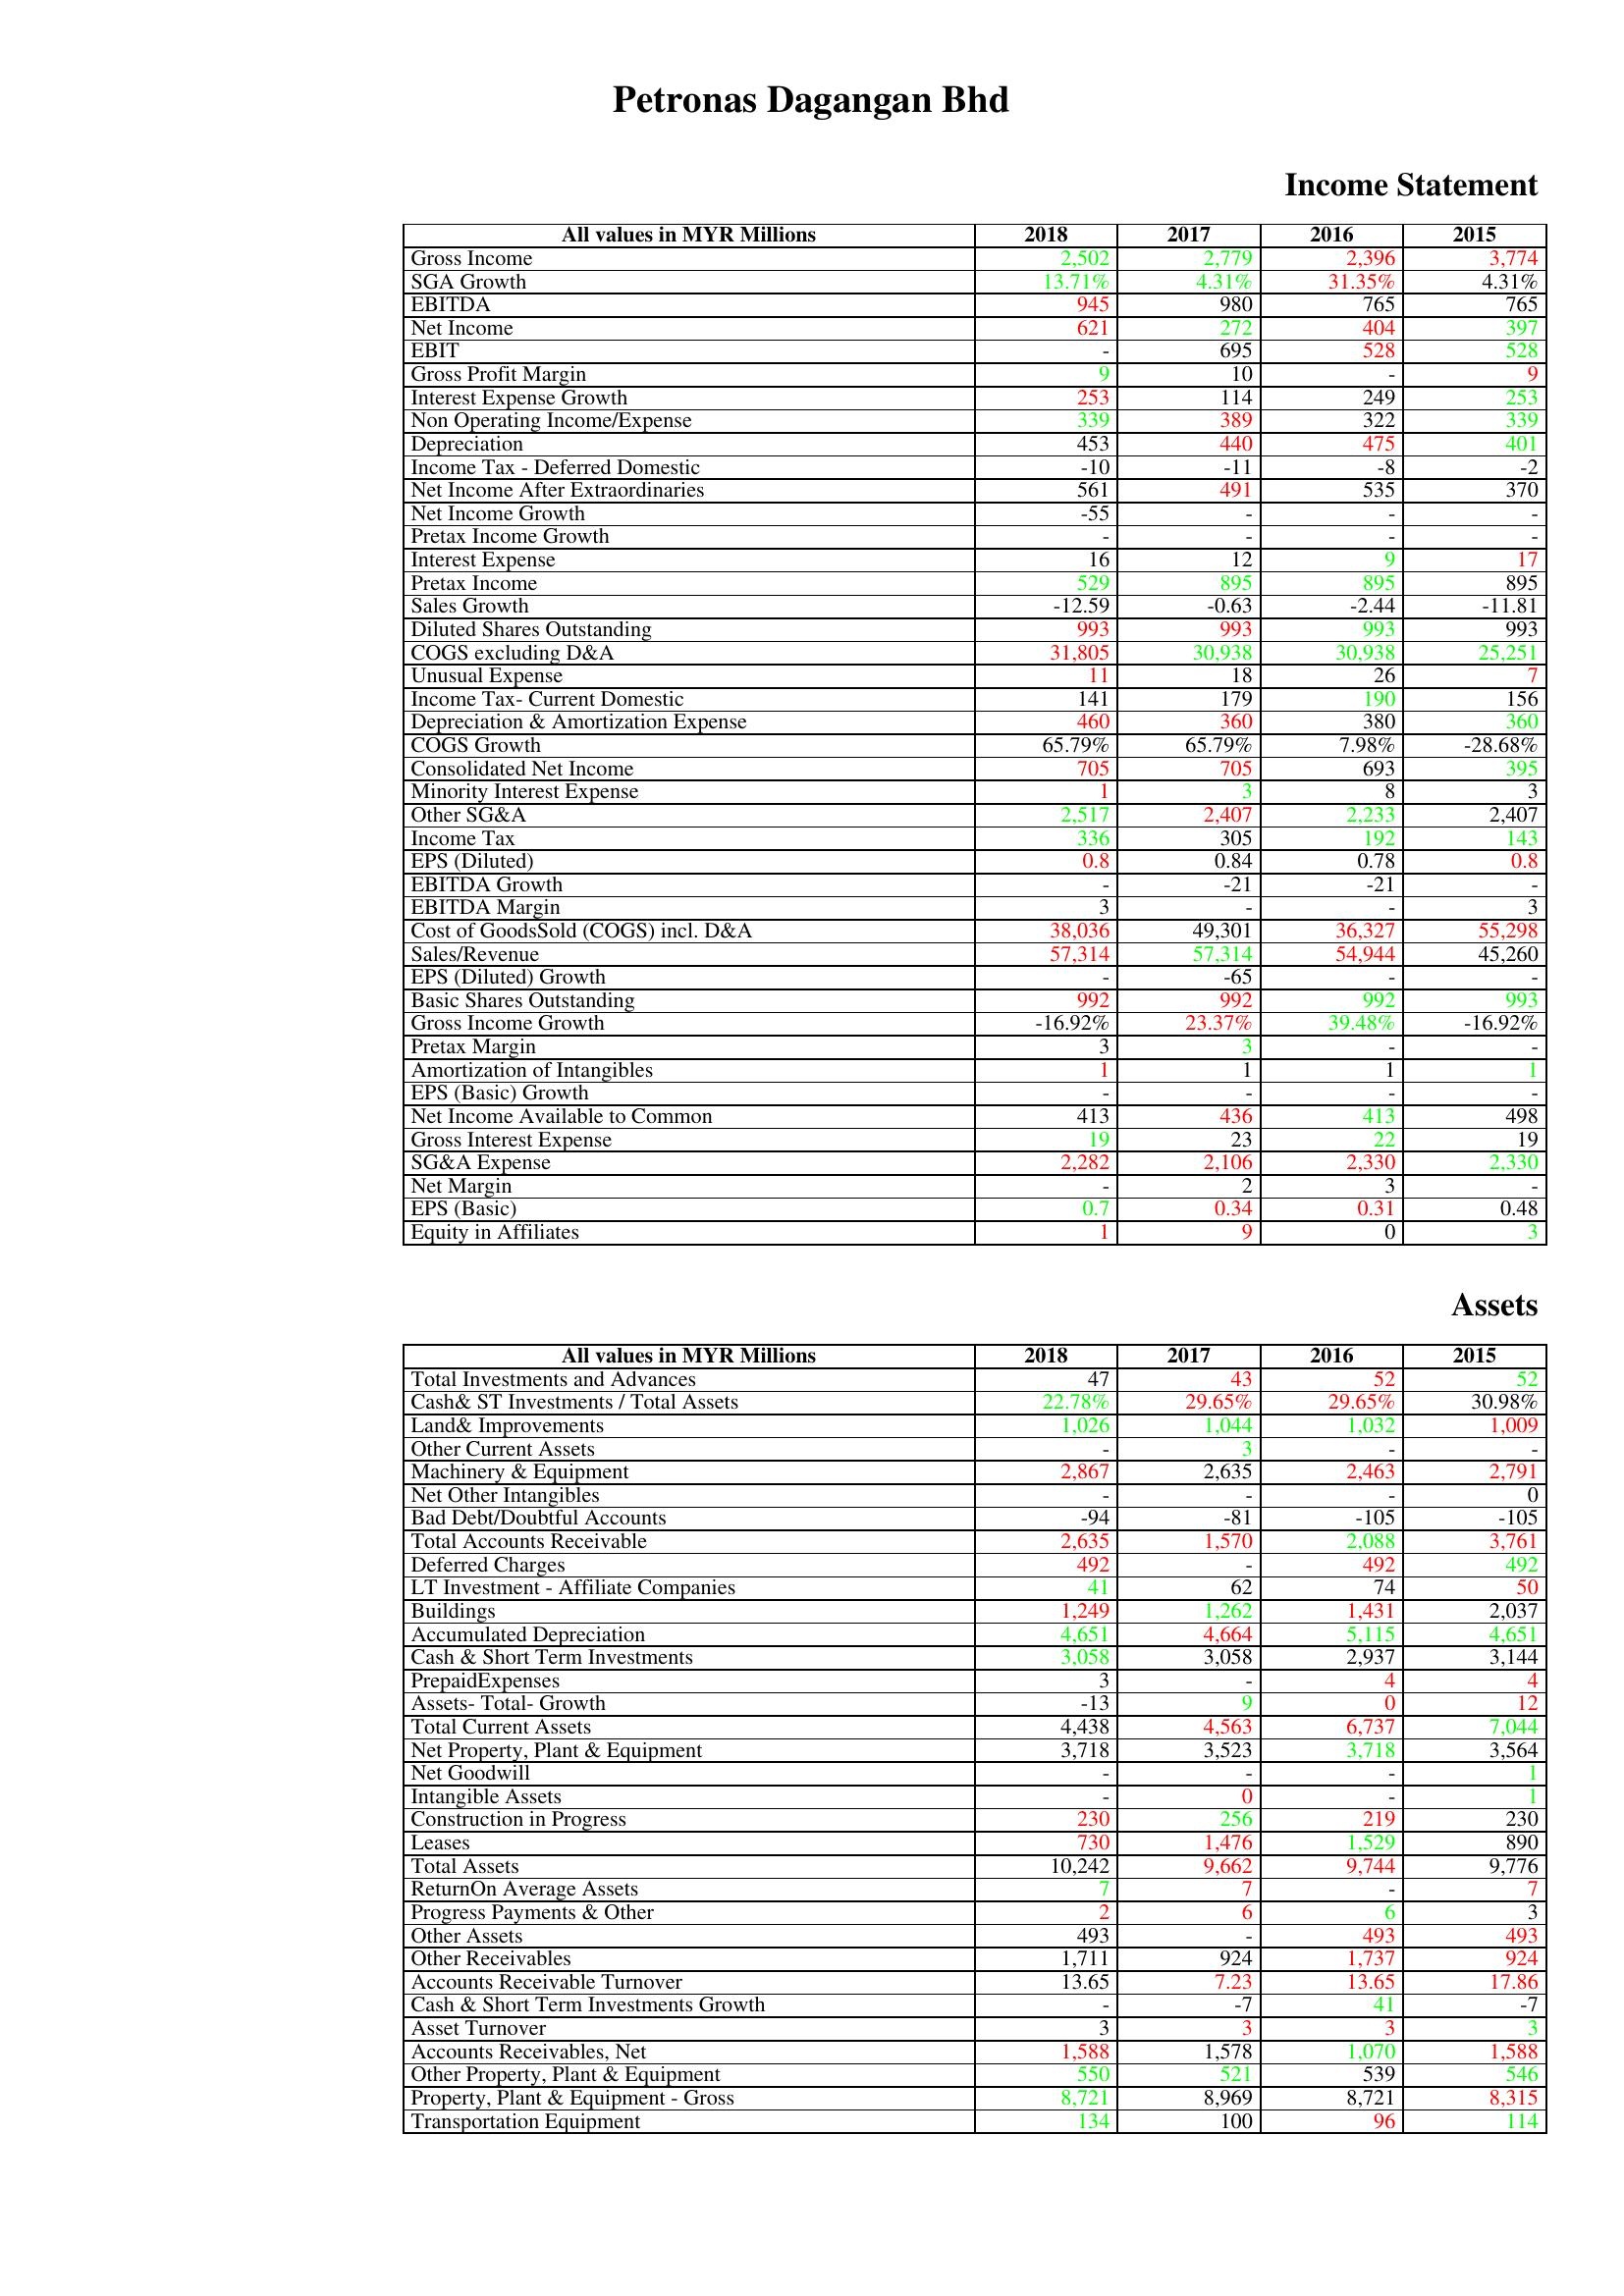
gt_parse: 2018: Income Statement: Gross Income: 2,502
SGA Growth: 13.71%
EBITDA: 945
Net Income: 621
EBIT: -
Gross Profit Margin: 9
Interest Expense Growth: 253
Non Operating Income/Expense: 339
Depreciation: 453
Income Tax - Deferred Domestic: -10
Net Income After Extraordinaries: 561
Net Income Growth: -55
Pretax Income Growth: -
Interest Expense: 16
Pretax Income: 529
Sales Growth: -12.59
Diluted Shares Outstanding: 993
COGS excluding D&A: 31,805
Unusual Expense: 11
Income Tax- Current Domestic: 141
Depreciation & Amortization Expense: 460
COGS Growth: 65.79%
Consolidated Net Income: 705
Minority Interest Expense: 1
Other SG&A: 2,517
Income Tax: 336
EPS (Diluted): 0.8
EBITDA Growth: -
EBITDA Margin: 3
Cost of GoodsSold (COGS) incl. D&A: 38,036
Sales/Revenue: 57,314
EPS (Diluted) Growth: -
Basic Shares Outstanding: 992
Gross Income Growth: -16.92%
Pretax Margin: 3
Amortization of Intangibles: 1
EPS (Basic) Growth: -
Net Income Available to Common: 413
Gross Interest Expense: 19
SG&A Expense: 2,282
Net Margin: -
EPS (Basic): 0.7
Equity in Affiliates: 1
Assets: Total Investments and Advances: 47
Cash& ST Investments / Total Assets: 22.78%
Land& Improvements: 1,026
Other Current Assets: -
Machinery & Equipment: 2,867
Net Other Intangibles: -
Bad Debt/Doubtful Accounts: -94
Total Accounts Receivable: 2,635
Deferred Charges: 492
LT Investment - Affiliate Companies: 41
Buildings: 1,249
Accumulated Depreciation: 4,651
Cash & Short Term Investments: 3,058
PrepaidExpenses: 3
Assets- Total- Growth: -13
Total Current Assets: 4,438
Net Property, Plant & Equipment: 3,718
Net Goodwill: -
Intangible Assets: -
Construction in Progress: 230
Leases: 730
Total Assets: 10,242
ReturnOn Average Assets: 7
Progress Payments & Other: 2
Other Assets: 493
Other Receivables: 1,711
Accounts Receivable Turnover: 13.65
Cash & Short Term Investments Growth: -
Asset Turnover: 3
Accounts Receivables, Net: 1,588
Other Property, Plant & Equipment: 550
Property, Plant & Equipment - Gross : 8,721
Transportation Equipment: 134
2017: Income Statement: Gross Income: 2,779
SGA Growth: 4.31%
EBITDA: 980
Net Income: 272
EBIT: 695
Gross Profit Margin: 10
Interest Expense Growth: 114
Non Operating Income/Expense: 389
Depreciation: 440
Income Tax - Deferred Domestic: -11
Net Income After Extraordinaries: 491
Net Income Growth: -
Pretax Income Growth: -
Interest Expense: 12
Pretax Income: 895
Sales Growth: -0.63
Diluted Shares Outstanding: 993
COGS excluding D&A: 30,938
Unusual Expense: 18
Income Tax- Current Domestic: 179
Depreciation & Amortization Expense: 360
COGS Growth: 65.79%
Consolidated Net Income: 705
Minority Interest Expense: 3
Other SG&A: 2,407
Income Tax: 305
EPS (Diluted): 0.84
EBITDA Growth: -21
EBITDA Margin: -
Cost of GoodsSold (COGS) incl. D&A: 49,301
Sales/Revenue: 57,314
EPS (Diluted) Growth: -65
Basic Shares Outstanding: 992
Gross Income Growth: 23.37%
Pretax Margin: 3
Amortization of Intangibles: 1
EPS (Basic) Growth: -
Net Income Available to Common: 436
Gross Interest Expense: 23
SG&A Expense: 2,106
Net Margin: 2
EPS (Basic): 0.34
Equity in Affiliates: 9
Assets: Total Investments and Advances: 43
Cash& ST Investments / Total Assets: 29.65%
Land& Improvements: 1,044
Other Current Assets: 3
Machinery & Equipment: 2,635
Net Other Intangibles: -
Bad Debt/Doubtful Accounts: -81
Total Accounts Receivable: 1,570
Deferred Charges: -
LT Investment - Affiliate Companies: 62
Buildings: 1,262
Accumulated Depreciation: 4,664
Cash & Short Term Investments: 3,058
PrepaidExpenses: -
Assets- Total- Growth: 9
Total Current Assets: 4,563
Net Property, Plant & Equipment: 3,523
Net Goodwill: -
Intangible Assets: 0
Construction in Progress: 256
Leases: 1,476
Total Assets: 9,662
ReturnOn Average Assets: 7
Progress Payments & Other: 6
Other Assets: -
Other Receivables: 924
Accounts Receivable Turnover: 7.23
Cash & Short Term Investments Growth: -7
Asset Turnover: 3
Accounts Receivables, Net: 1,578
Other Property, Plant & Equipment: 521
Property, Plant & Equipment - Gross : 8,969
Transportation Equipment: 100
2016: Income Statement: Gross Income: 2,396
SGA Growth: 31.35%
EBITDA: 765
Net Income: 404
EBIT: 528
Gross Profit Margin: -
Interest Expense Growth: 249
Non Operating Income/Expense: 322
Depreciation: 475
Income Tax - Deferred Domestic: -8
Net Income After Extraordinaries: 535
Net Income Growth: -
Pretax Income Growth: -
Interest Expense: 9
Pretax Income: 895
Sales Growth: -2.44
Diluted Shares Outstanding: 993
COGS excluding D&A: 30,938
Unusual Expense: 26
Income Tax- Current Domestic: 190
Depreciation & Amortization Expense: 380
COGS Growth: 7.98%
Consolidated Net Income: 693
Minority Interest Expense: 8
Other SG&A: 2,233
Income Tax: 192
EPS (Diluted): 0.78
EBITDA Growth: -21
EBITDA Margin: -
Cost of GoodsSold (COGS) incl. D&A: 36,327
Sales/Revenue: 54,944
EPS (Diluted) Growth: -
Basic Shares Outstanding: 992
Gross Income Growth: 39.48%
Pretax Margin: -
Amortization of Intangibles: 1
EPS (Basic) Growth: -
Net Income Available to Common: 413
Gross Interest Expense: 22
SG&A Expense: 2,330
Net Margin: 3
EPS (Basic): 0.31
Equity in Affiliates: 0
Assets: Total Investments and Advances: 52
Cash& ST Investments / Total Assets: 29.65%
Land& Improvements: 1,032
Other Current Assets: -
Machinery & Equipment: 2,463
Net Other Intangibles: -
Bad Debt/Doubtful Accounts: -105
Total Accounts Receivable: 2,088
Deferred Charges: 492
LT Investment - Affiliate Companies: 74
Buildings: 1,431
Accumulated Depreciation: 5,115
Cash & Short Term Investments: 2,937
PrepaidExpenses: 4
Assets- Total- Growth: 0
Total Current Assets: 6,737
Net Property, Plant & Equipment: 3,718
Net Goodwill: -
Intangible Assets: -
Construction in Progress: 219
Leases: 1,529
Total Assets: 9,744
ReturnOn Average Assets: -
Progress Payments & Other: 6
Other Assets: 493
Other Receivables: 1,737
Accounts Receivable Turnover: 13.65
Cash & Short Term Investments Growth: 41
Asset Turnover: 3
Accounts Receivables, Net: 1,070
Other Property, Plant & Equipment: 539
Property, Plant & Equipment - Gross : 8,721
Transportation Equipment: 96
2015: Income Statement: Gross Income: 3,774
SGA Growth: 4.31%
EBITDA: 765
Net Income: 397
EBIT: 528
Gross Profit Margin: 9
Interest Expense Growth: 253
Non Operating Income/Expense: 339
Depreciation: 401
Income Tax - Deferred Domestic: -2
Net Income After Extraordinaries: 370
Net Income Growth: -
Pretax Income Growth: -
Interest Expense: 17
Pretax Income: 895
Sales Growth: -11.81
Diluted Shares Outstanding: 993
COGS excluding D&A: 25,251
Unusual Expense: 7
Income Tax- Current Domestic: 156
Depreciation & Amortization Expense: 360
COGS Growth: -28.68%
Consolidated Net Income: 395
Minority Interest Expense: 3
Other SG&A: 2,407
Income Tax: 143
EPS (Diluted): 0.8
EBITDA Growth: -
EBITDA Margin: 3
Cost of GoodsSold (COGS) incl. D&A: 55,298
Sales/Revenue: 45,260
EPS (Diluted) Growth: -
Basic Shares Outstanding: 993
Gross Income Growth: -16.92%
Pretax Margin: -
Amortization of Intangibles: 1
EPS (Basic) Growth: -
Net Income Available to Common: 498
Gross Interest Expense: 19
SG&A Expense: 2,330
Net Margin: -
EPS (Basic): 0.48
Equity in Affiliates: 3
Assets: Total Investments and Advances: 52
Cash& ST Investments / Total Assets: 30.98%
Land& Improvements: 1,009
Other Current Assets: -
Machinery & Equipment: 2,791
Net Other Intangibles: 0
Bad Debt/Doubtful Accounts: -105
Total Accounts Receivable: 3,761
Deferred Charges: 492
LT Investment - Affiliate Companies: 50
Buildings: 2,037
Accumulated Depreciation: 4,651
Cash & Short Term Investments: 3,144
PrepaidExpenses: 4
Assets- Total- Growth: 12
Total Current Assets: 7,044
Net Property, Plant & Equipment: 3,564
Net Goodwill: 1
Intangible Assets: 1
Construction in Progress: 230
Leases: 890
Total Assets: 9,776
ReturnOn Average Assets: 7
Progress Payments & Other: 3
Other Assets: 493
Other Receivables: 924
Accounts Receivable Turnover: 17.86
Cash & Short Term Investments Growth: -7
Asset Turnover: 3
Accounts Receivables, Net: 1,588
Other Property, Plant & Equipment: 546
Property, Plant & Equipment - Gross : 8,315
Transportation Equipment: 114